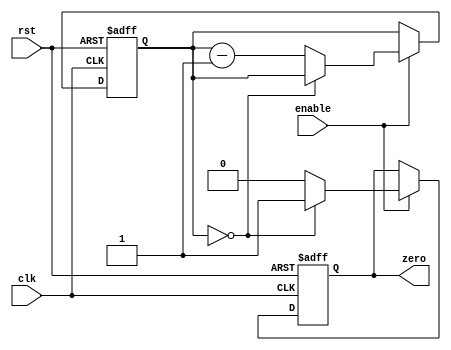
module binary_down_counter (
    input wire clk,
    input wire rst,
    input wire enable,
    output reg zero
);

reg [7:0] count;

always @ (posedge clk or negedge rst) begin
    if (rst == 0) begin
        count <= 8'hFF; // initial value
        zero <= 0;
    end else if (enable) begin
        if (count == 0) begin
            zero <= 1;
        end else begin
            count <= count - 1;
            zero <= 0;
        end
    end
end

endmodule